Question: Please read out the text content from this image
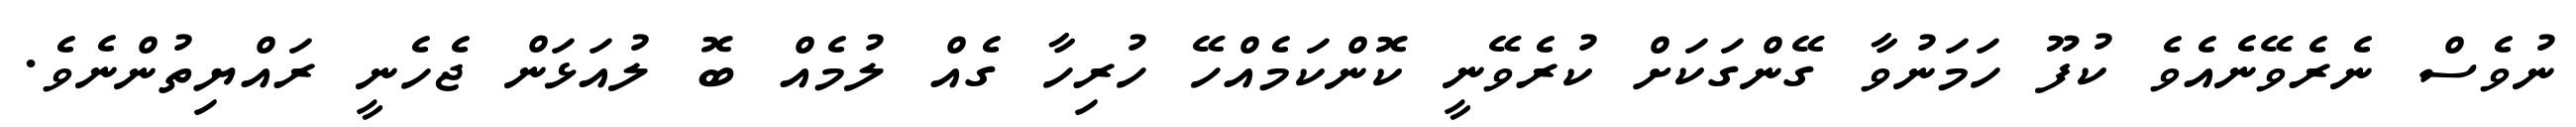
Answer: ނުވެސް ނެރެވޭނެއެވެ ކުފޫ ހަމަނުވާ ގޭންގަކަށް ކުރެވޭނީ ކޮންކަމެއްހޭ ހުރިހާ ގެއް ލުމެއް ބޮ ލުއަޅަން ޖެހެނީ ރައްޔިތުންނެވެ.